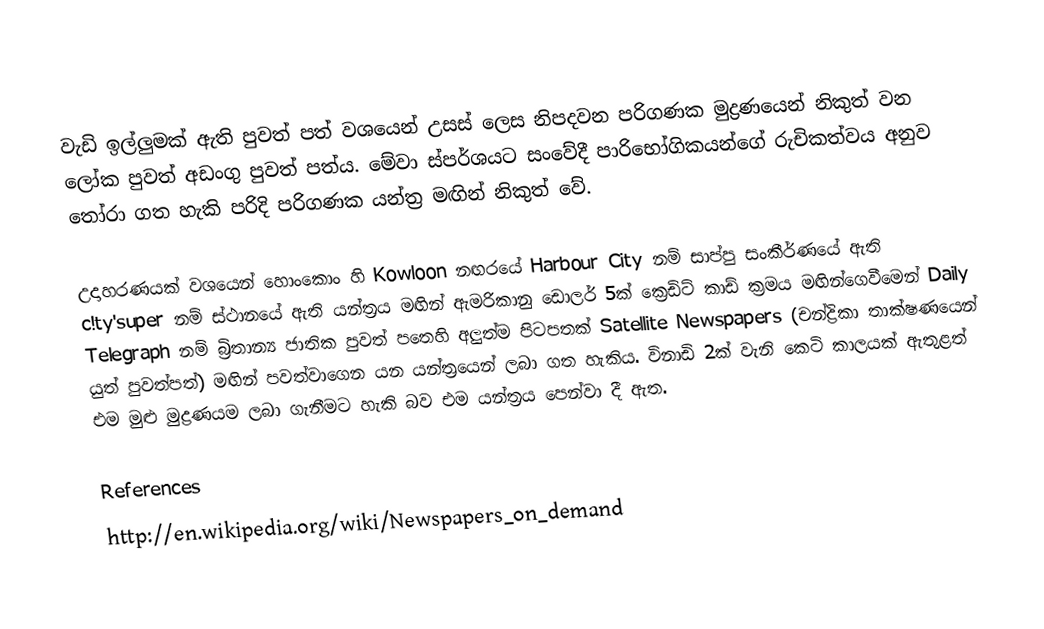
වැඩි ඉල්ලුමක් ඇති පුවත් පත් වශයෙන් උසස් ලෙස නිපදවන ‍පරිගණක මුද්‍රණයෙන් නිකුත් වන ලෝක පුවත් අඩංගු පුවත් පත්ය. මේවා ස්පර්ශයට සංවේදී පාරි‍භෝගිකයන්ගේ රුචිකත්වය අනුව තෝරා ගත හැකි පරිදි පරිගණක යන්ත්‍ර මඟින් නිකුත් වේ.

උදාහරණයක් වශයෙන් හොංකොං හි Kowloon නඟරයේ Harbour City නම් සාප්පු සංකීර්ණයේ ඇති  c!ty'super නම් ස්ථානයේ ඇති යන්ත්‍රය මඟින් ඇමරිකානු ඩොලර් 5ක් ක්‍රෙඩිට් කාඩ් ක්‍රමය මඟින්‍ගෙවීමෙන් Daily Telegraph නම් බ්‍රිතාන්‍ය ජාතික පුවත් පතෙ‍හි අලුත්ම පිටපතක් Satellite Newspapers  (චන්ද්‍රිකා තාක්ෂණයෙන් යුත් පුවත්පත්) මඟින් පවත්වා‍ගෙන යන යන්ත්‍රයෙන් ලබා ගත හැකිය. විනාඩි 2ක් වැනි කෙටි කාලයක් ඇතුළත් එම මුළු මුද්‍රණයම ලබා ගැනීමට හැකි බව එම යන්ත්‍රය පෙන්වා දී ඇත.

References
http://en.wikipedia.org/wiki/Newspapers_on_demand